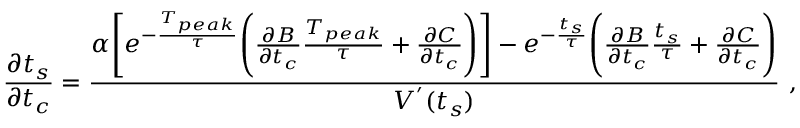
\frac { \partial t _ { s } } { \partial t _ { c } } = \frac { \alpha \Bigg [ e ^ { - \frac { T _ { p e a k } } { \tau } } \Bigg ( \frac { \partial B } { \partial t _ { c } } \frac { T _ { p e a k } } { \tau } + \frac { \partial C } { \partial t _ { c } } \Bigg ) \Bigg ] - e ^ { - \frac { t _ { s } } { \tau } } \Bigg ( \frac { \partial B } { \partial t _ { c } } \frac { t _ { s } } { \tau } + \frac { \partial C } { \partial t _ { c } } \Bigg ) } { V ^ { ' } ( t _ { s } ) } ~ ,